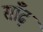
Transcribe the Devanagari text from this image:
साँढ़